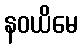
နဝယိမေ